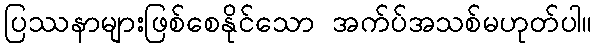
ပြဿနာများဖြစ်စေနိုင်သော အက်ပ်အသစ်မဟုတ်ပါ။